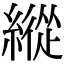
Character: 縱